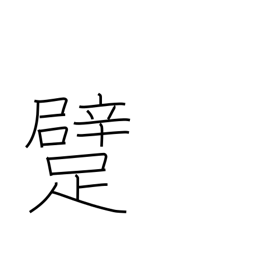
Meaning: crawl